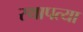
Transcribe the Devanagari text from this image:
स्थापत्या